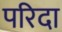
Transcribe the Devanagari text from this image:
परिदा